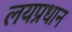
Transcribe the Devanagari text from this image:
लयप्रधान